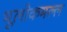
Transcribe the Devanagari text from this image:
भूलोकमल्ल